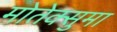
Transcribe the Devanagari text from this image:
मोतेक्सुमा